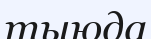
тыюда